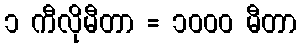
၁ ကီလိုမီတာ = ၁၀၀၀ မီတာ